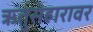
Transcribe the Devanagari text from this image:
ऋतुसंहारावर